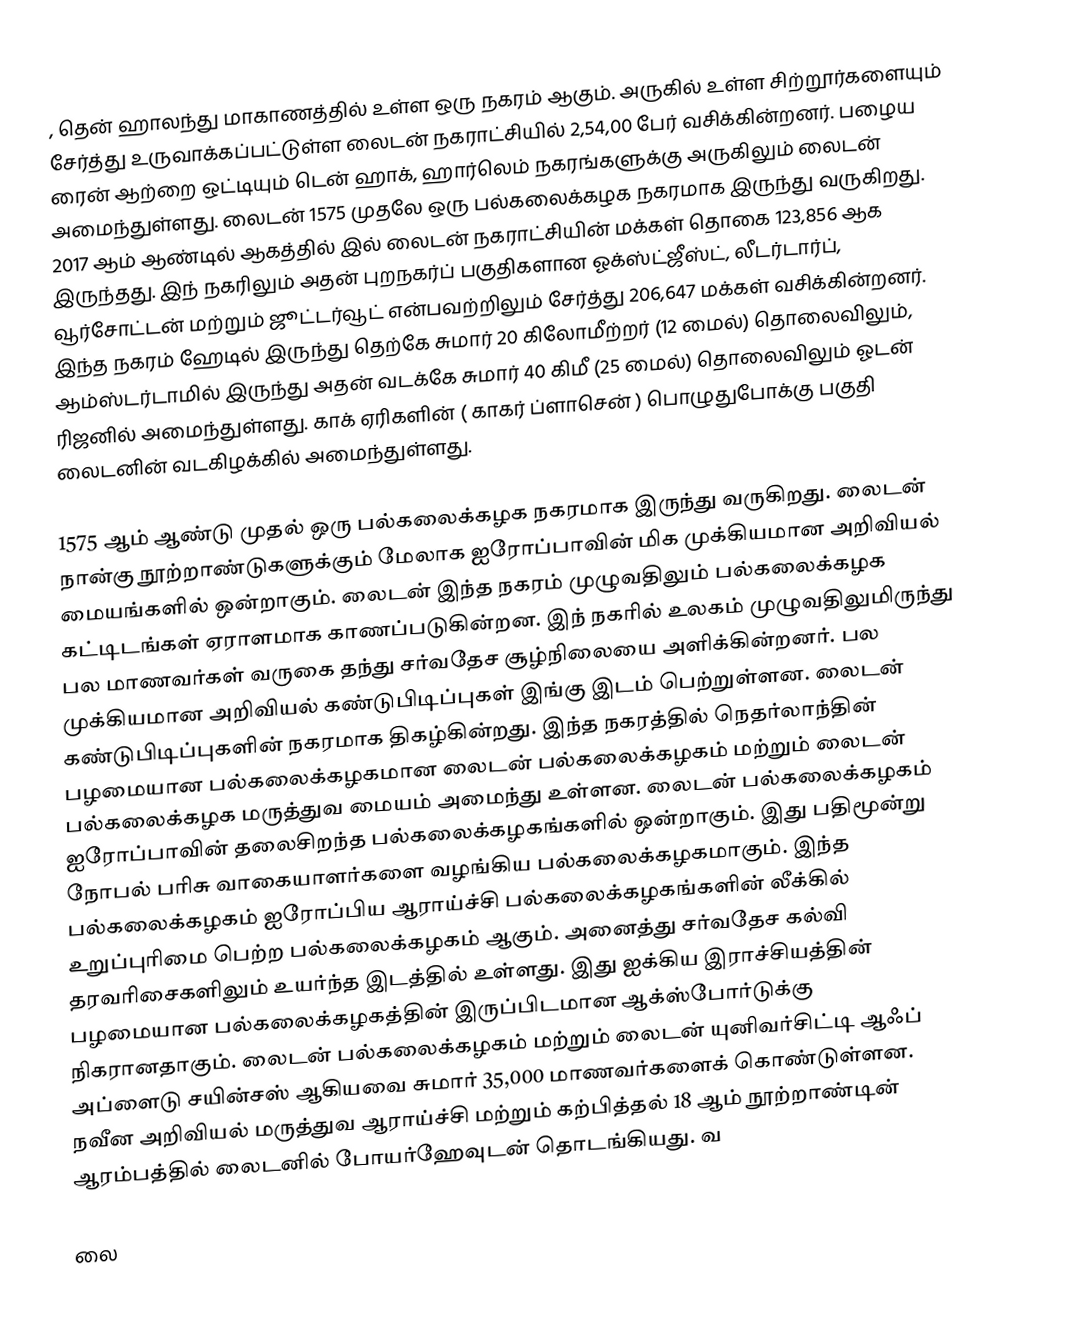
, தென் ஹாலந்து மாகாணத்தில் உள்ள ஒரு நகரம் ஆகும். அருகில் உள்ள சிற்றூர்களையும் சேர்த்து உருவாக்கப்பட்டுள்ள லைடன் நகராட்சியில் 2,54,00 பேர் வசிக்கின்றனர். பழைய ரைன் ஆற்றை ஒட்டியும் டென் ஹாக், ஹார்லெம் நகரங்களுக்கு அருகிலும் லைடன் அமைந்துள்ளது. லைடன் 1575 முதலே ஒரு பல்கலைக்கழக நகரமாக இருந்து வருகிறது. 2017 ஆம் ஆண்டில் ஆகத்தில் இல் லைடன் நகராட்சியின் மக்கள் தொகை 123,856 ஆக இருந்தது. இந் நகரிலும் அதன் புறநகர்ப் பகுதிகளான ஓக்ஸ்ட்ஜீஸ்ட், லீடர்டார்ப், வூர்சோட்டன் மற்றும் ஜூட்டர்வூட் என்பவற்றிலும் சேர்த்து  206,647 மக்கள் வசிக்கின்றனர். இந்த நகரம் ஹேடில் இருந்து தெற்கே சுமார் 20 கிலோமீற்றர் (12 மைல்) தொலைவிலும், ஆம்ஸ்டர்டாமில் இருந்து அதன் வடக்கே சுமார் 40 கிமீ (25 மைல்) தொலைவிலும் ஓடன் ரிஜனில் அமைந்துள்ளது. காக் ஏரிகளின் ( காகர் ப்ளாசென் ) பொழுதுபோக்கு பகுதி லைடனின் வடகிழக்கில் அமைந்துள்ளது.

1575 ஆம் ஆண்டு முதல் ஒரு பல்கலைக்கழக நகரமாக இருந்து வருகிறது. லைடன் நான்கு நூற்றாண்டுகளுக்கும் மேலாக ஐரோப்பாவின் மிக முக்கியமான அறிவியல் மையங்களில் ஒன்றாகும். லைடன் இந்த நகரம் முழுவதிலும் பல்கலைக்கழக கட்டிடங்கள் ஏராளமாக காணப்படுகின்றன. இந் நகரில் உலகம் முழுவதிலுமிருந்து பல மாணவர்கள் வருகை தந்து சர்வதேச சூழ்நிலையை அளிக்கின்றனர். பல முக்கியமான அறிவியல் கண்டுபிடிப்புகள் இங்கு இடம் பெற்றுள்ளன. லைடன் கண்டுபிடிப்புகளின் நகரமாக திகழ்கின்றது. இந்த நகரத்தில் நெதர்லாந்தின் பழமையான பல்கலைக்கழகமான லைடன் பல்கலைக்கழகம் மற்றும் லைடன் பல்கலைக்கழக மருத்துவ மையம் அமைந்து உள்ளன.  லைடன் பல்கலைக்கழகம் ஐரோப்பாவின் தலைசிறந்த பல்கலைக்கழகங்களில் ஒன்றாகும். இது பதிமூன்று நோபல் பரிசு வாகையாளர்களை வழங்கிய பல்கலைக்கழகமாகும். இந்த பல்கலைக்கழகம் ஐரோப்பிய ஆராய்ச்சி பல்கலைக்கழகங்களின் லீக்கில் உறுப்புரிமை பெற்ற பல்கலைக்கழகம் ஆகும். அனைத்து சர்வதேச கல்வி தரவரிசைகளிலும் உயர்ந்த இடத்தில் உள்ளது. இது ஐக்கிய இராச்சியத்தின் பழமையான பல்கலைக்கழகத்தின் இருப்பிடமான ஆக்ஸ்போர்டுக்கு நிகரானதாகும். லைடன் பல்கலைக்கழகம் மற்றும் லைடன் யுனிவர்சிட்டி ஆஃப் அப்ளைடு சயின்சஸ் ஆகியவை சுமார் 35,000 மாணவர்களைக் கொண்டுள்ளன. நவீன அறிவியல் மருத்துவ ஆராய்ச்சி மற்றும் கற்பித்தல் 18 ஆம் நூற்றாண்டின் ஆரம்பத்தில் லைடனில் போயர்ஹேவுடன் தொடங்கியது. வ

லை